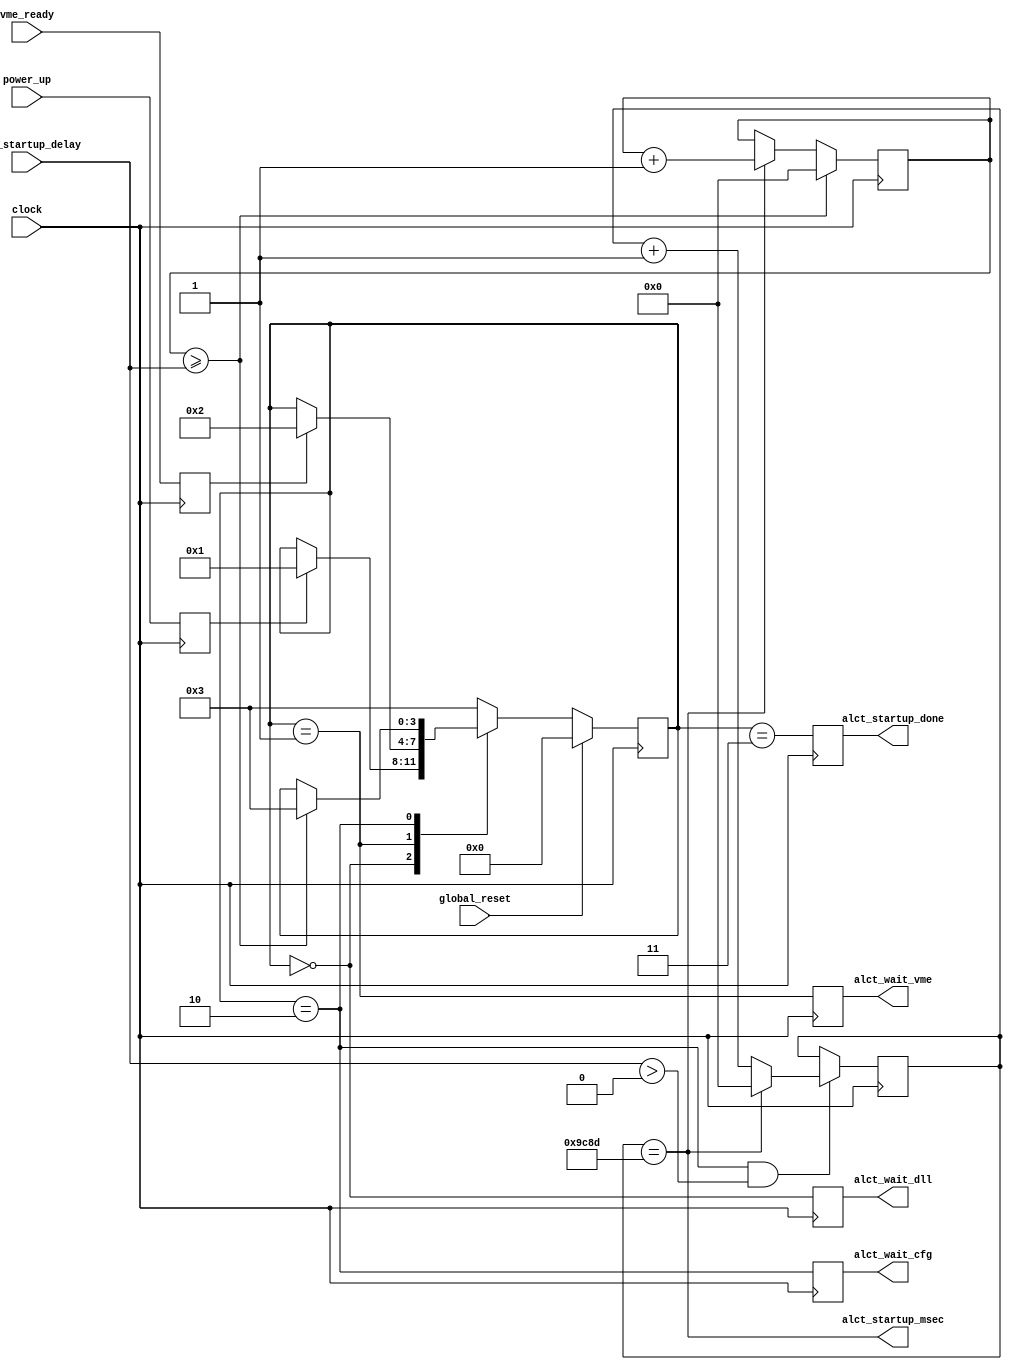
`timescale 1ns / 1ps
//`define DEBUG_ALCT_STARTUP = 1
//-----------------------------------------------------------------------------------------------------------------
//
//	Waits for Spartan-6 ALCT FPGA configuration after simultaneous hard reset to TMB and ALCT FPGAs
//
//-----------------------------------------------------------------------------------------------------------------
// 08/16/2012	Initial
//
//-----------------------------------------------------------------------------------------------------------------
	module alct_startup
	(
// Inputs
	clock,
	global_reset,
	power_up,
	vme_ready,
	alct_startup_delay,

// Outputs
	alct_startup_msec,
	alct_wait_dll,
	alct_wait_vme,
	alct_wait_cfg,
	alct_startup_done

`ifdef DEBUG_ALCT_STARTUP
	,alct_sm_dsp
	,msec_ctr
	,cfg_ctr
	,msec_ctr_en
	,cfg_done
`endif
	);

//-----------------------------------------------------------------------------------------------------------------
// IO Ports
//-----------------------------------------------------------------------------------------------------------------
// Inputs
	input			clock;				// 40 MHz clock
	input			global_reset;		// Global reset
	input			power_up;			// DLL clock lock, we wait for it
	input			vme_ready;			// TMB VME registers loaded from PROM
	input	[15:0]	alct_startup_delay;	// Msec to wait for ALCT FPGA after TMB is up: 212-100=112msec for Spartan-6 on ALCT

// Outputs
	output			alct_startup_msec;	// Msec pulse
	output			alct_wait_dll;		// Waiting for TMB DLL lock
	output			alct_wait_vme;		// Waiting for TMB VME load from user PROM
	output			alct_wait_cfg;		// Waiting for ALCT FPGA to configure from mez PROM
	output			alct_startup_done;	// ALCT FPGA should be configured by now

`ifdef DEBUG_ALCT_STARTUP
	output	[31:0]	alct_sm_dsp;
	output	[15:0]	msec_ctr;
	output	[15:0]	cfg_ctr;
	output			msec_ctr_en;
	output			cfg_done;
`endif

//-----------------------------------------------------------------------------------------------------------------
// Startup counters
//-----------------------------------------------------------------------------------------------------------------
// FF buffer state machine trigger inputs
	reg	power_up_ff  = 0;
	reg vme_ready_ff = 0;

	always @(posedge clock) begin
	power_up_ff  <= power_up;
	vme_ready_ff <= vme_ready;
	end

// State Machine declarations
	parameter wait_dll	= 4'h0;
	parameter wait_vme	= 4'h1;
	parameter wait_cfg	= 4'h2;
	parameter alct_done	= 4'h3;

	reg	[3:0] alct_sm   = wait_dll;
	// synthesis attribute safe_implementation of alct_sm is "yes";

// Startup wait for Spartan-6: 33,761,696 cfg bits/8 = 4220212 clocks 20MHz = 8440424 40MHz = 210.60msec for LHC 40.078414MHz
	reg [15:0] msec_ctr = 0;
	reg [15:0] cfg_ctr  = 0;

// Generate 1 millisecond pulse rate
	`ifdef DEBUG_ALCT_STARTUP
	wire msec = (msec_ctr == 16'd5-1);		// 1 msec for debug 5 ticks
	`else
	wire msec = (msec_ctr == 16'd40078-1);	// 1 msec at LHC period 40.078414MHz
	`endif

	wire msec_ctr_en = (alct_sm == wait_cfg) && (alct_startup_delay > 0);

	always @(posedge clock) begin
	if (msec_ctr_en) begin
	if (msec)	msec_ctr <= 0;
	else		msec_ctr <= msec_ctr + 1'b1;
	end
	end

// Count 1 millisecond pulses
	wire cfg_done = (cfg_ctr >= alct_startup_delay);

	always @(posedge clock) begin
	if      (cfg_done) cfg_ctr <= 0;
	else if (msec    ) cfg_ctr <= cfg_ctr + 1'b1;
	end

//-----------------------------------------------------------------------------------------------------------------
//  ALCT startup state machine
//-----------------------------------------------------------------------------------------------------------------
	always @(posedge clock) begin
	if (global_reset)	alct_sm <= wait_dll;
	else begin

	case (alct_sm)
	
	wait_dll:										// Wait for FPGA DLLs to lock
	 if (power_up_ff)	alct_sm <= wait_vme;

	wait_vme:										// Wait for VME registers to load from PROM
	 if (vme_ready_ff)	alct_sm <= wait_cfg;

	wait_cfg:
	 if (cfg_done)		alct_sm <= alct_done;		// Wait for ALCT FPGA cfg
	
	alct_done:			alct_sm <= alct_done;		// Stay forever
					
	default				alct_sm <= alct_done;
	endcase
	end
	end

// Machine status
	reg alct_wait_dll		= 0;
	reg alct_wait_vme		= 0;
	reg alct_wait_cfg		= 0;
	reg alct_startup_done	= 0;

	assign alct_startup_msec = msec;

	always @(posedge clock) begin
	alct_wait_dll		<= (alct_sm==wait_dll);
	alct_wait_vme		<= (alct_sm==wait_vme);
	alct_wait_cfg		<= (alct_sm==wait_cfg);
	alct_startup_done	<= (alct_sm==alct_done);
	end

//-----------------------------------------------------------------------------------------------------------------
// Debug
//-----------------------------------------------------------------------------------------------------------------
`ifdef DEBUG_ALCT_STARTUP
// State Machine ASCII display
	reg [31:0] alct_sm_dsp;

	always @* begin
	case (alct_sm)
	wait_dll:		alct_sm_dsp <= "wdll";
	wait_vme:		alct_sm_dsp <= "wvme";
	wait_cfg:		alct_sm_dsp <= "wcfg";
	alct_done:		alct_sm_dsp <= "done";
	default			alct_sm_dsp <= "done";
	endcase
	end
`endif

	endmodule